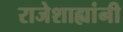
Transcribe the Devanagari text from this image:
राजेशाह्यांनी